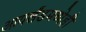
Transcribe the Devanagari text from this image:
आयर्लंडमध्येही